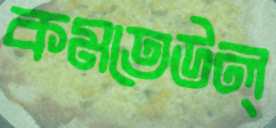
কমতেউল্